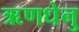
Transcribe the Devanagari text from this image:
ऋणधेनु